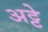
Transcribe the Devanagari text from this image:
अट्टे